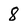
Character: 8